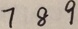
7 8 9